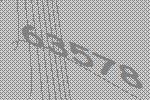
63578